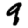
Digit: 9